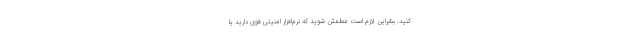
کنید. بنابراین لازم است مطمئن شوید که نرم‌افزار امنیتی قوی دارید یا